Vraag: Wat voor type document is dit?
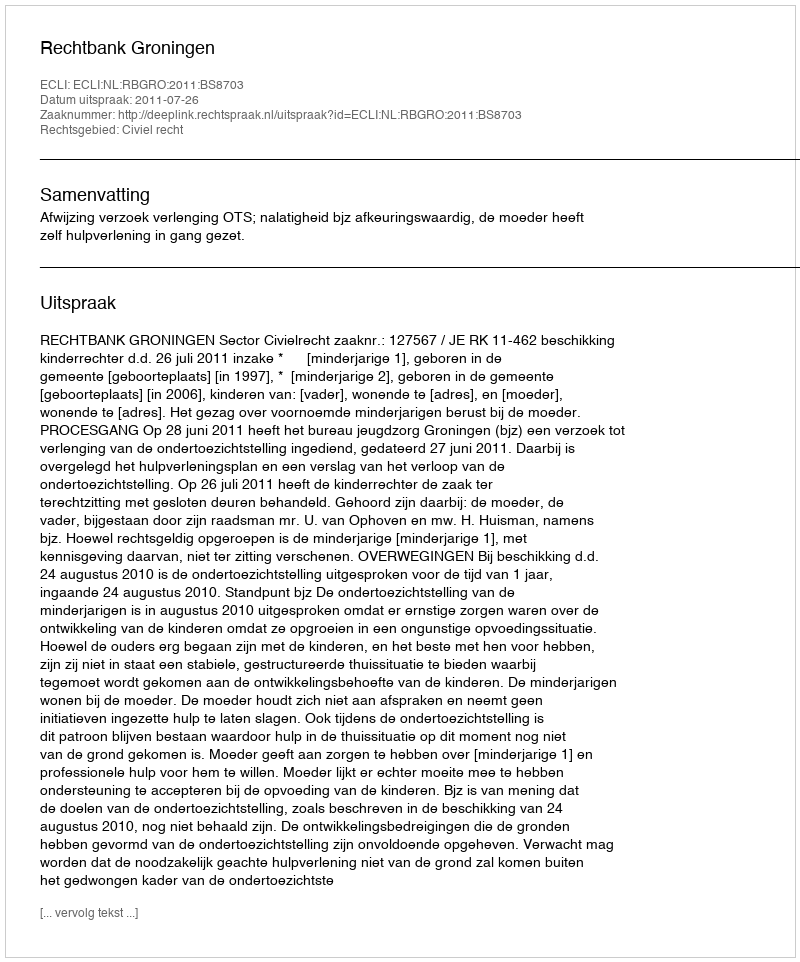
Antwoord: Uitspraak